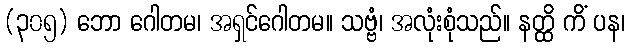
(၃၀၅) ဘော ဂေါတမ၊ အရှင်ဂေါတမ။ သဗ္ဗံ၊ အလုံးစုံသည်။ နတ္ထိ ကိံ ပန၊